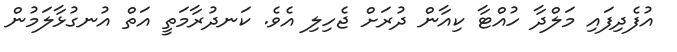
އުފެދިފައި މަލްދާ ހުއްޓާ ކިއާން ދުރަށް ޖެހިލި އެވެ. ކަނދުރާމަތީ އަތް އުނގުޅާލަމުން